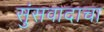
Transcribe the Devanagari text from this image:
सुंसवादाचा